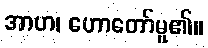
အာဟ၊ ဟောတော်မူ၏။